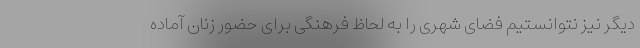
دیگر نیز نتوانستیم فضای شهری را به لحاظ فرهنگی برای حضور زنان آماده